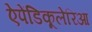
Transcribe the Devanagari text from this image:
ऐपेंडिकूलेरिआ